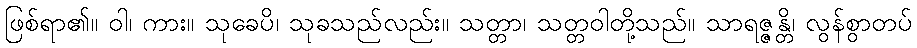
ဖြစ်ရာ၏။ ဝါ၊ ကား။ သုခေပိ၊ သုခသည်လည်း။ သတ္တာ၊ သတ္တဝါတို့သည်။ သာရဇ္ဇန္တိ၊ လွန်စွာတပ်